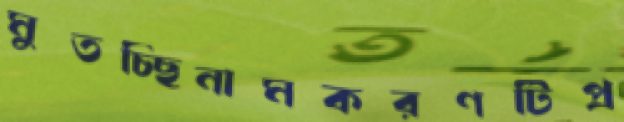
মুতচ্ছিনামকরণটিপ্র